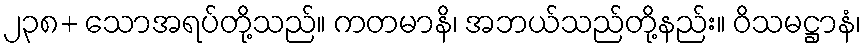
၂၃၈+ သောအရပ်တို့သည်။ ကတမာနိ၊ အဘယ်သည်တို့နည်း။ ဝိသမဋ္ဌာနံ၊